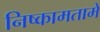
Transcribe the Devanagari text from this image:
निष्कामतामें